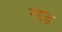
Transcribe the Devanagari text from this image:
रद्दड